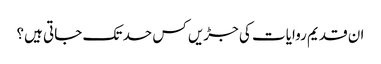
ان قدیم روایات کی جڑیں کس حد تک جاتی ہیں؟